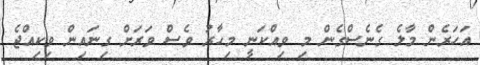
އަހަރެން މާލެ ގެނެސްގެން މި ވިއްކަނީ މިހާރު ވެސް ވަރަށް ގިނައިން ވިކިއްޖެ